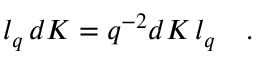
l _ { q } \, d K = q ^ { - 2 } d K \, l _ { q } \quad .